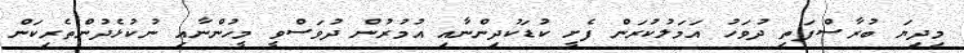
މިދިޔަ ބުރާސްފަތި ދުވަހު އަމަލުކުރަން ފެށީ ކުޑަކުދިންނާއި އުމުރުން ދުވަސްވީ މީހުންނާއި ނުކުޅެދުންތެރިކަން